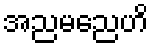
အညမညေဟိ